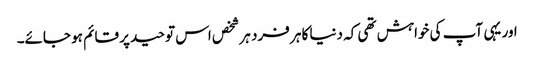
اور یہی آپ کی خواہش تھی کہ دنیا کا ہر فرد ہر شخص اس توحید پر قائم ہو جائے۔